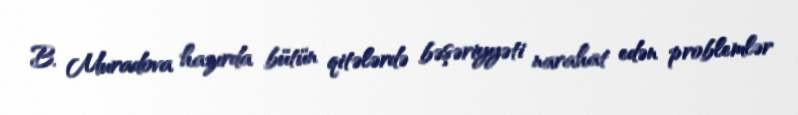
B. Muradova hazırda bütün qitələrdə bəşəriyyəti narahat edən problemlər